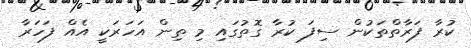
ކުރާ ފަރާތްތަކުން ސިފަ ކުރާ ގޮތުގައި މި ތިން އަހަރަކީ އެއް ފަހަރާ